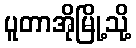
ပူတာအိုမြို့သို့